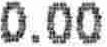
0.00